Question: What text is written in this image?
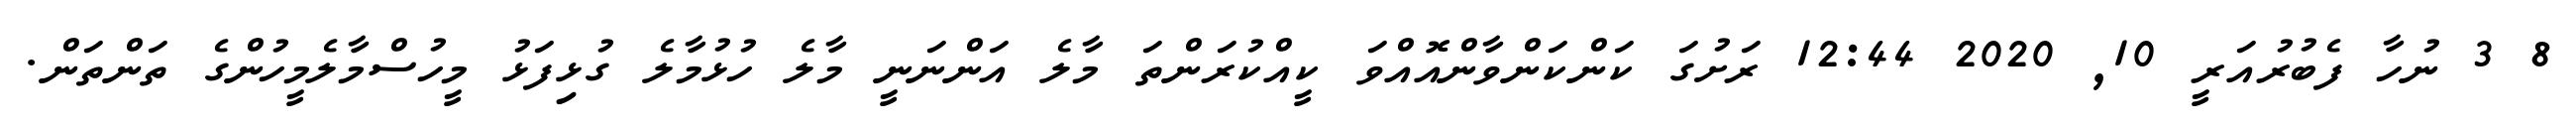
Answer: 8 3 ނުހާ ފެބުރުއަރީ 10, 2020 12:44 ރަށުގަ ކަންކަންވާންއޮއްވަ ކީއްކުރަންތަ މާލެ އަންނަނީ މާލެ ހުޅުމާލެ ގުޅިފަޅު މީހުސްމާލެމީހުންގެ ތަންތަން.